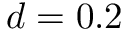
d = 0 . 2